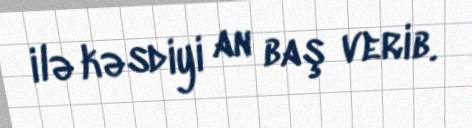
ilə kəsdiyi an baş verib.